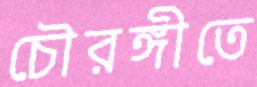
চৌরঙ্গীতে